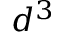
d ^ { 3 }